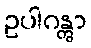
ဥပါဂန္တွာ